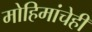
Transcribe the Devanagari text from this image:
मोहिमांचेही